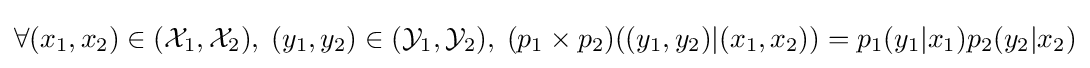
\forall (x_{1},x_{2})\in ({\mathcal {X}}_{1},{\mathcal {X}}_{2}),\;(y_{1},y_{2})\in ({\mathcal {Y}}_{1},{\mathcal {Y}}_{2}),\;(p_{1}\times p_{2})((y_{1},y_{2})|(x_{1},x_{2}))=p_{1}(y_{1}|x_{1})p_{2}(y_{2}|x_{2})